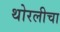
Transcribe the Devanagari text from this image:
थोरलीचा